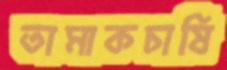
তামাকচাষি